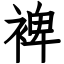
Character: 裨